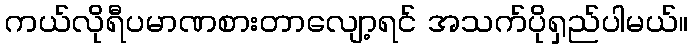
ကယ်လိုရီပမာဏစားတာလျော့ရင် အသက်ပိုရှည်ပါမယ်။